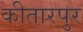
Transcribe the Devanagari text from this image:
कीतारपुर